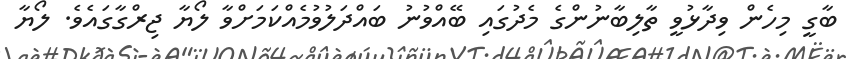
ބާގީ މިހެން ވިދާޅުވީ ތާލިބާނުންގެ މެދުގައި ބޭއްވުނު ބައްދަލުވުމެއްކަމަށްވާ ލޯޔާ ޖިރްގާގައެވެ. ލޯޔާ